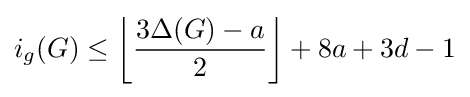
i_{g}(G)\leq \left\lfloor {\frac {3\Delta (G)-a}{2}}\right\rfloor +8a+3d-1